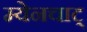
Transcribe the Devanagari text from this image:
म्येनचाट्